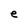
Character: e